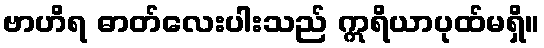
ဗာဟိရ ဓာတ်လေးပါးသည် ဣရိယာပုထ်မရှိ။